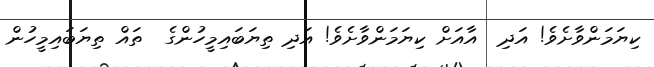
ކިޔަމަންވާށެވެ! އަދި  އާއަށް ކިޔަމަންވާށެވެ! އަދި ތިޔަބައިމީހުންގެ  ތައް ތިޔަބައިމީހުން